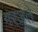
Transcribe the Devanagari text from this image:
गरजेते